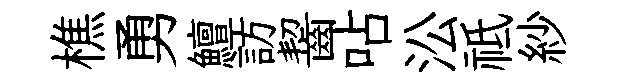
樵勇鱣訪齧呫㳂祗紗